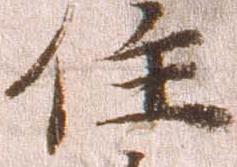
住